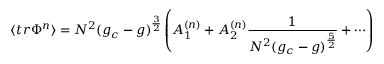
\langle t r \Phi ^ { n } \rangle = N ^ { 2 } ( g _ { c } - g ) ^ { \frac { 3 } { 2 } } \left( A _ { 1 } ^ { ( n ) } + A _ { 2 } ^ { ( n ) } \frac { 1 } { N ^ { 2 } ( g _ { c } - g ) ^ { \frac { 5 } { 2 } } } + \cdots \right)